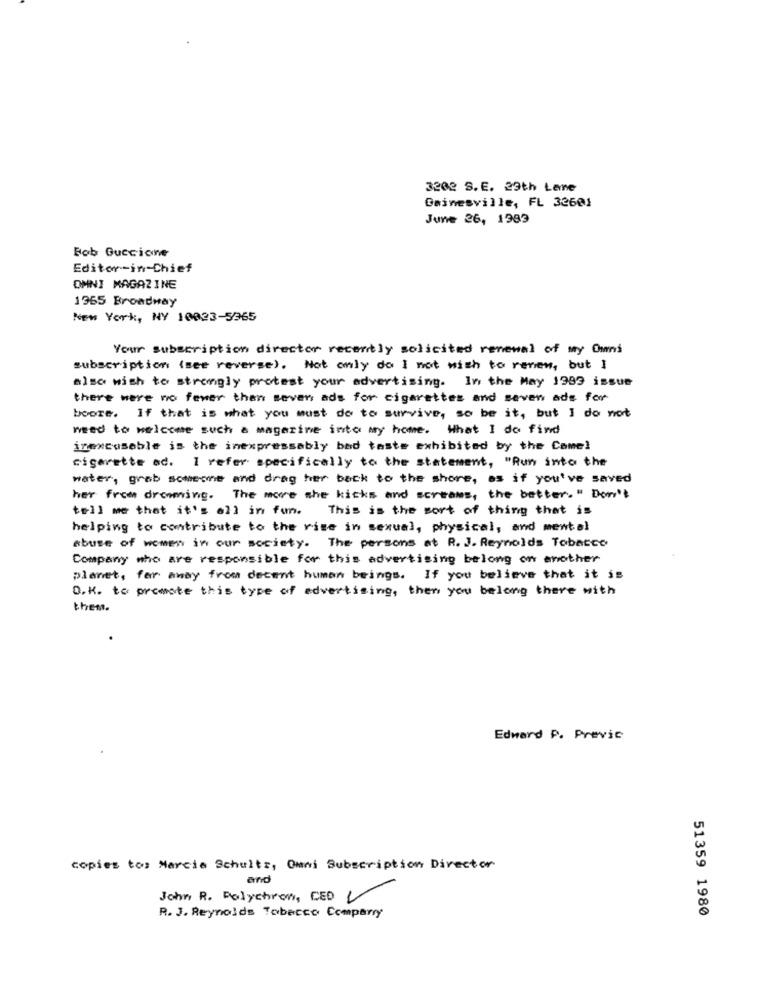
3202 S.E. 29th Lemne
Gainesville, FL 32601
June 26, 1983
Bob Guccione
Editor -in-Chief
OMNI MAGAZINE
1965 Broadway
NEW York, NY 10023-5365
Your subscription director recently solicited renewal of my Owni
subscription (see reverse). Not only do I not wish to renew, but I
also wish to strongly protest your advertising. In the May 1999 issue
there were no fewer than seven ads for cigarettes and seven ads for
boore. If that is what you must do to survive, so be it, but I do not
need to welcome such a magazine into my home. What I do find
inexcusable is the inexpressably bad taste exhibited by the Comel
cigarette ad. I refer specifically to the statement, "Run into the
water, grab someone and drag her back to the shore, as if you've saved
her from drowning. The more the kicks and screams, the better. " Don't
This is the sort of thing that is
tell me that it's all in fun.
helping to contribute to the rise in sexual, physical, and mental
abuse of women in our society. The persons at R. J. Reynolds Tobacco
Company who are responsible for this advertising belong on another
planet, far away from decent human beings. If you believe that it is
O.K. to promote this type of advertising, then you belong there with
them.
Edward P. Previc
copies tos Marcia Schultz, Omni Subscription Director
and
John R. Polychron, CED V
51359 1980
R. J. Reynolds Tobacco Comparry